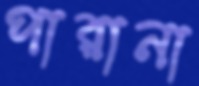
পারানা